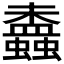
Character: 𧔵